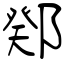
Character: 鄈